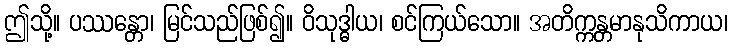
ဤသို့။ ပဿန္တော၊ မြင်သည်ဖြစ်၍။ ဝိသုဒ္ဓါယ၊ စင်ကြယ်သော။ အတိက္ကန္တမာနုသိကာယ၊